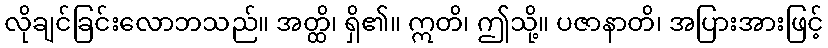
လိုချင်ခြင်းလောဘသည်။ အတ္ထိ၊ ရှိ၏။ ဣတိ၊ ဤသို့။ ပဇာနာတိ၊ အပြားအားဖြင့်